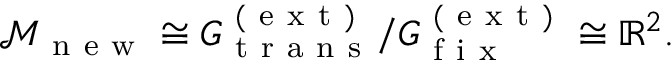
\begin{array} { r } { \mathcal { M } _ { \mathrm { ~ n ~ e ~ w ~ } } \cong G _ { \mathrm { ~ t ~ r ~ a ~ n ~ s ~ } } ^ { \mathrm { ~ ( ~ e ~ x ~ t ~ ) ~ } } / G _ { \mathrm { ~ f ~ i ~ x ~ } } ^ { \mathrm { ~ ( ~ e ~ x ~ t ~ ) ~ } } \cong \mathbb { R } ^ { 2 } . } \end{array}